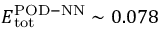
E _ { \mathrm { t o t } } ^ { \mathrm { P O D - N N } } \sim 0 . 0 7 8